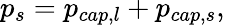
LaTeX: p_{s}=p_{cap,l}+p_{cap,s},